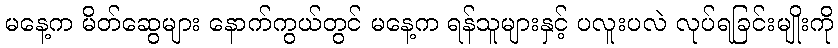
မနေ့က မိတ်ဆွေများ နောက်ကွယ်တွင် မနေ့က ရန်သူများနှင့် ပလူးပလဲ လုပ်ရခြင်းမျိုးကို